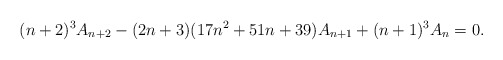
\begin{align*} (n+2)^3A_{n+2} - (2n + 3)(17n^2 + 51n + 39)A_{n+1} + (n+1)^3 A_{n} = 0. \end{align*}